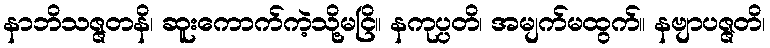
နာဘိသဇ္ဇတနိ၊ ဆူးကောက်ကဲ့သို့မငြိ။ နကုပ္ပတိ၊ အမျက်မထွက်။ နဗျာပဇ္ဇတိ၊